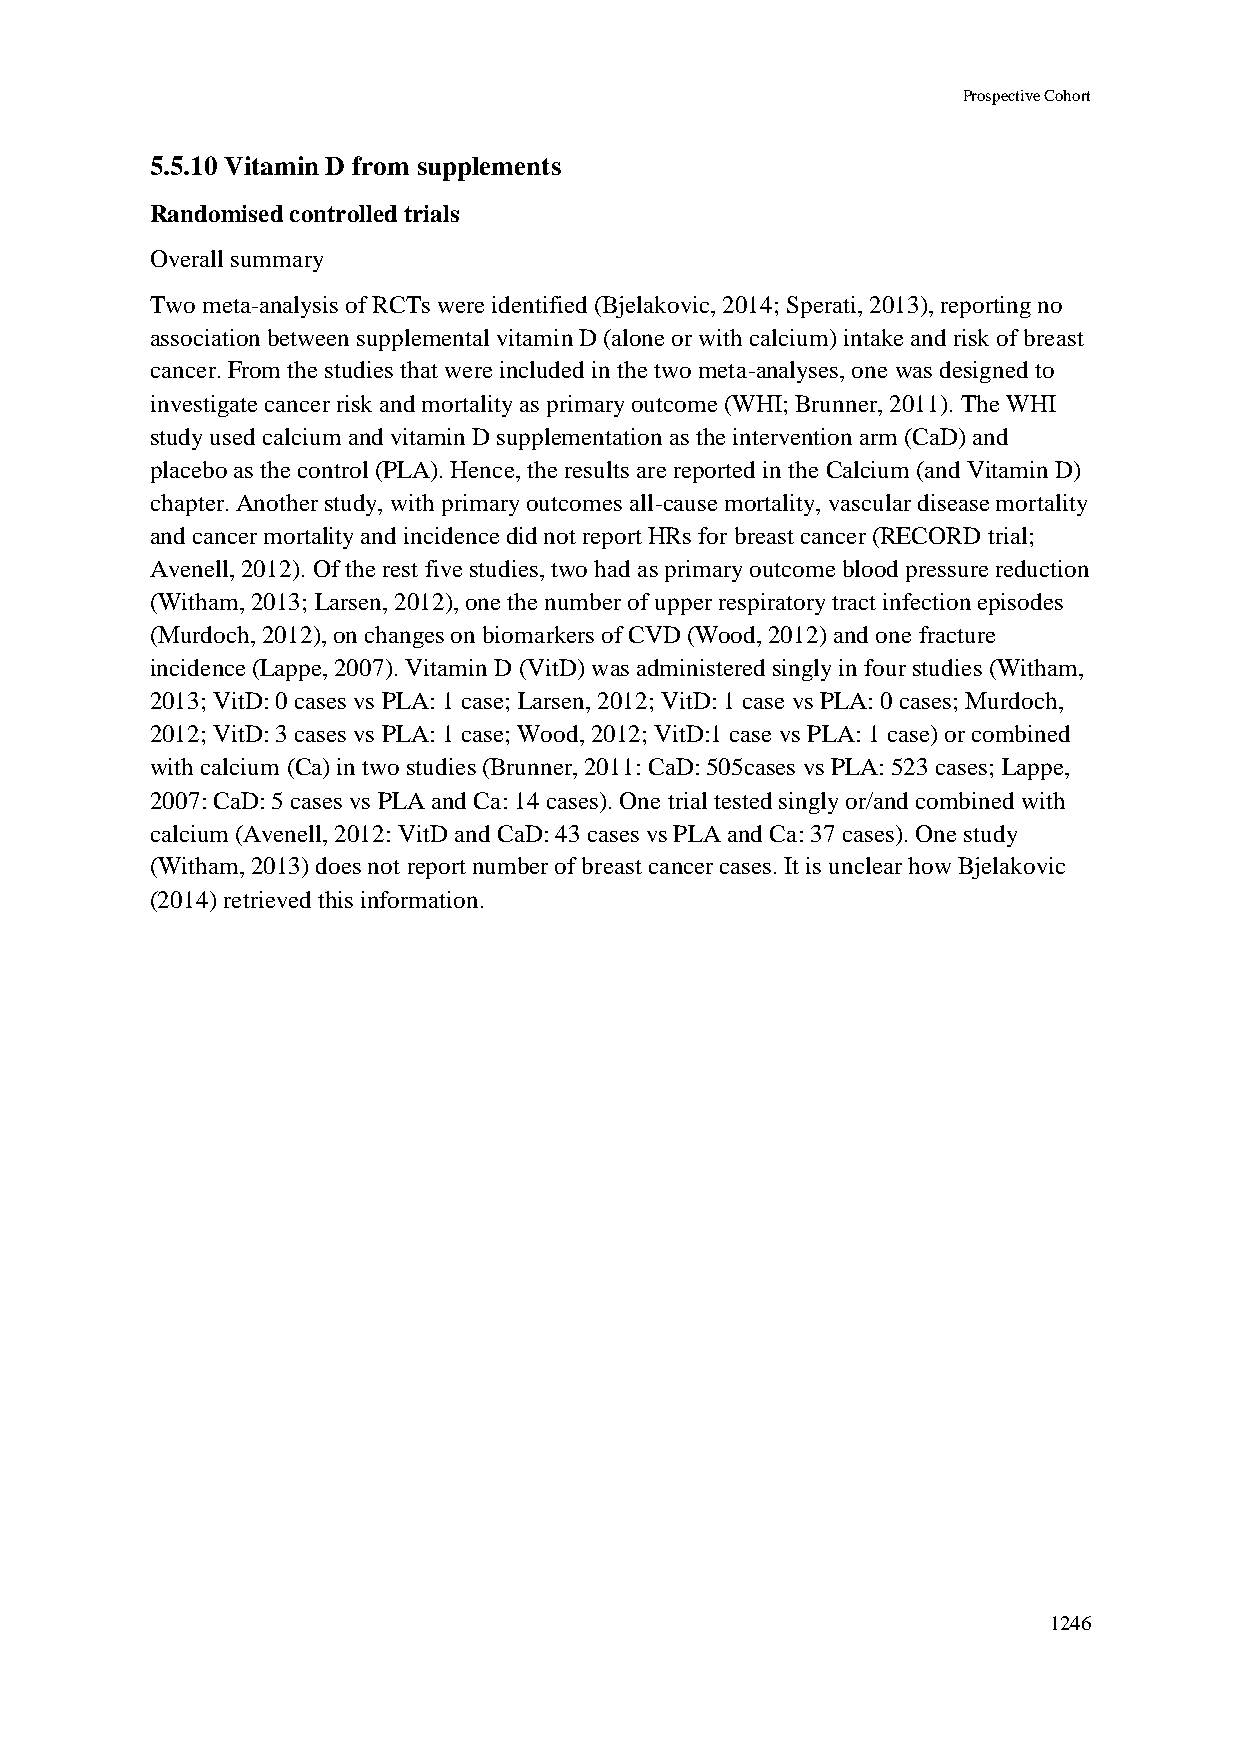
Prospective Cohort
 5.5.10 Vitamin D from supplements
 Randomised controlled trials
 Overall summary
 Two meta-analysis of RCTs were identified (Bjelakovic, 2014; Sperati, 2013), reporting no
 association between supplemental vitamin D (alone or with calcium) intake and risk of breast
 cancer. From the studies that were included in the two meta-analyses, one was designed to
 investigate cancer risk and mortality as primary outcome (WHI; Brunner, 2011). The WHI
 study used calcium and vitamin D supplementation as the intervention arm (CaD) and
 placebo as the control (PLA). Hence, the results are reported in the Calcium (and Vitamin D)
 chapter. Another study, with primary outcomes all-cause mortality, vascular disease mortality
 and cancer mortality and incidence did not report HRs for breast cancer (RECORD trial;
 Avenell, 2012). Of the rest five studies, two had as primary outcome blood pressure reduction
 (Witham, 2013; Larsen, 2012), one the number of upper respiratory tract infection episodes
 (Murdoch, 2012), on changes on biomarkers of CVD (Wood, 2012) and one fracture
 incidence (Lappe, 2007). Vitamin D (VitD) was administered singly in four studies (Witham,
 2013; VitD: 0 cases vs PLA: 1 case; Larsen, 2012; VitD: 1 case vs PLA: 0 cases; Murdoch,
 2012; VitD: 3 cases vs PLA: 1 case; Wood, 2012; VitD:1 case vs PLA: 1 case) or combined
 with calcium (Ca) in two studies (Brunner, 2011: CaD: 505cases vs PLA: 523 cases; Lappe,
 2007: CaD: 5 cases vs PLA and Ca: 14 cases). One trial tested singly or/and combined with
 calcium (Avenell, 2012: VitD and CaD: 43 cases vs PLA and Ca: 37 cases). One study
 (Witham, 2013) does not report number of breast cancer cases. It is unclear how Bjelakovic
 (2014) retrieved this information.
 1246